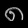
Digit: ၈